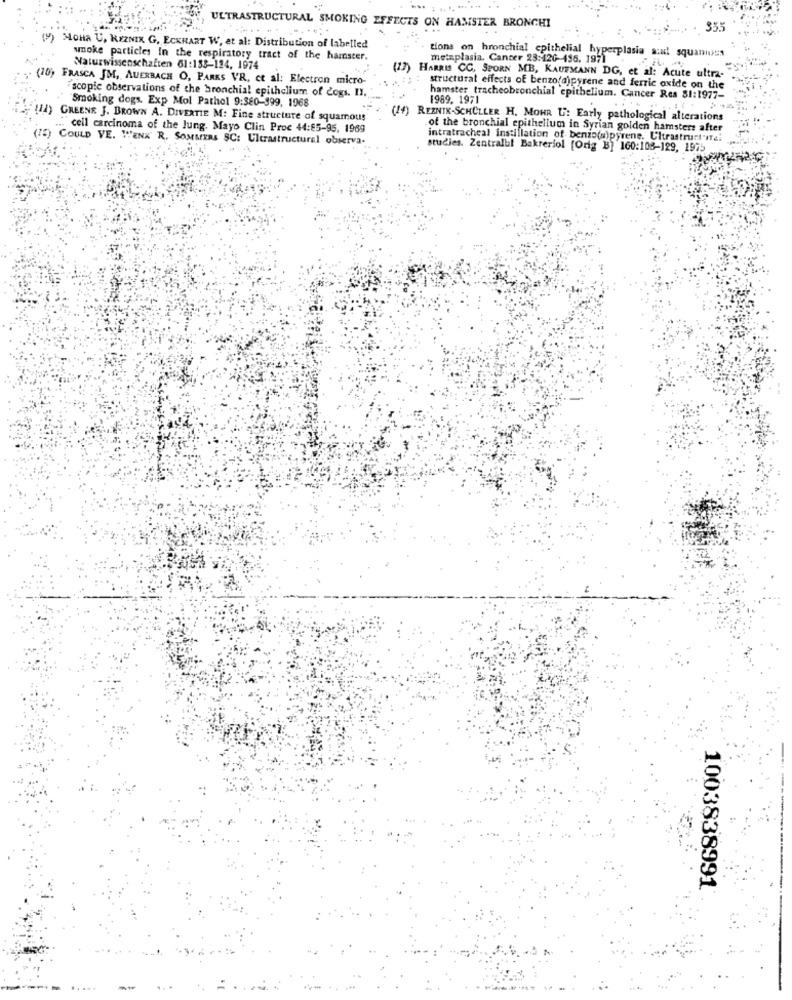
ULTRASTRUCTURAL SMOKING EFFECTS ON HAMSTER BRONCHI
355
() MoHa U, REZNIK G. ECKHART W, et al: Distribution of labelled
snoke particles In the respiratory tract of the hamster.
metaplasia. Cancer 23:120-496. 197
tions on bronchial epithelial hyperplasia and squamous
Naturwissenschaften 61:158-124, 1974
(10) FRASCA JM, AUERBACH O, PARKS VR, et al: Electron micro-
(13) HARRIS CC, SPORN MB, KAUFMANN DG, et al: Acute ultra-
scopic observations of the bronchial epithelium of dogs. Il.
structural effects of benzo(a)pyrene and ferric oxide on the
"Smoking dogs. Exp Mol Pathol 9:380-199, 1968
hamster tracheobronchial epithelium. Cancer Res 81:1977-
1989. 1971
(14) GREENR J. BROWN A. DIVERTIE M: Fine structure of squamous
(14) REZNIK-SCHÜLLER H. MOHR U: Early pathological alterations
cell carcinoma of the lung. Mayo Clin Proc 44:85-95, 1969
.of the bronchial epithelium in Syrian golden hamsters after
(72) COULD VE. TENK R, SOMMERS SC: Ultrastructural observa.
intratracheal instillation of benzo(a)pyrene. Uitrastrurt'ITal
studies. Zentralul Bakreriol [Orig B] 160:108-129, 1975
1003838991